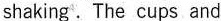
shaking . The cupsand